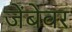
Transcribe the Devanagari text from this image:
जेंबेवर